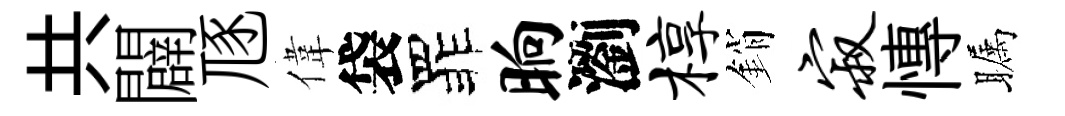
共闢豗偉袋罪晌瀏椁銷寂慱瞩